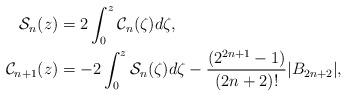
LaTeX: \begin{align*}\mathcal{S}_{n}(z) & =2\int_{0}^{z}\mathcal{C}_{n}(\zeta)d\zeta,\\\mathcal{C}_{n+1}(z) & =-2\int_{0}^{z}\mathcal{S}_{n}(\zeta)d\zeta-\frac{(2^{2n+1}-1)}{(2n+2)!}|B_{2n+2}|,\end{align*}